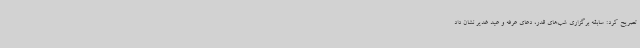
تصریح کرد: سابقه برگزاری شب‌های قدر، دعای عرفه و عید غدیر نشان داد